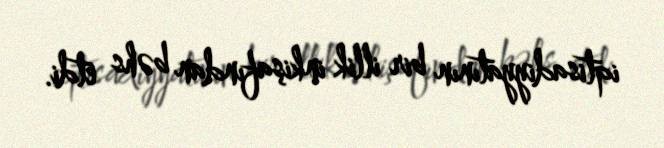
iqtisadiyyatının bir illik inkişafından bəhs etdi.